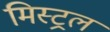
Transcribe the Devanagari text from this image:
मिस्ट्रल